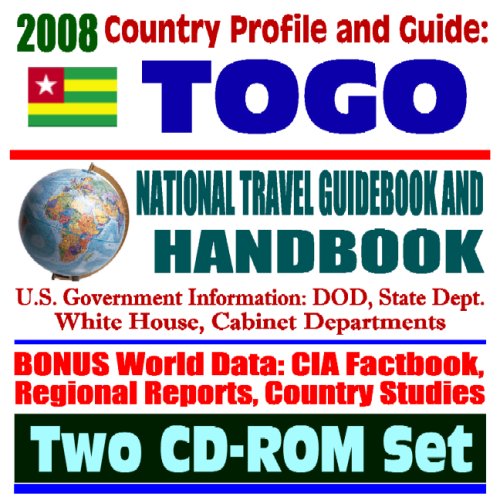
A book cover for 2008 Country Profile and Guide to Togo - National Travel Guidebook and Handbook - Malaria, Lome Embassy, USAID Reports, Energy (Two CD-ROM Set); U.S. Government; Travel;